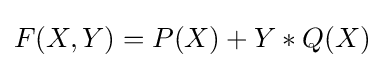
F(X,Y)=P(X)+Y*Q(X)